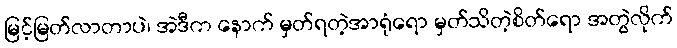
မြင့်မြတ်လာတာပဲ၊ အဲဒီက နောက် မှတ်ရတဲ့အာရုံရော မှတ်သိတဲ့စိတ်ရော အတွဲလိုက်